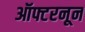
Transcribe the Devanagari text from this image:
ऑफ्टरनून